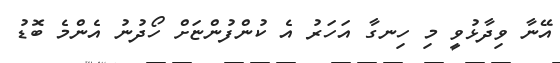
އޭނާ ވިދާޅުވީ މި ހިނގާ އަހަރު އެ ކުންފުންޏަށް ހޯދުނު އެންމެ ބޮޑު